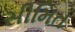
સીમિત